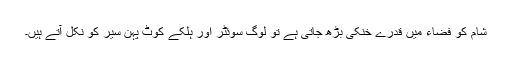
شام کو فضاء میں قدرے خنکی بڑھ جاتی ہے تو لوگ سوئٹر اور ہلکے کوٹ پہن سیر کو نکل آتے ہیں۔